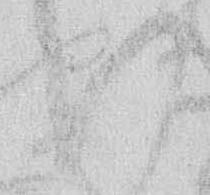
い